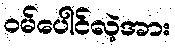
ဝမ်ပေါင်လဲ့အား